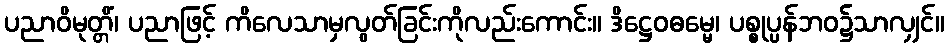
ပညာဝိမုတ္တိံ၊ ပညာဖြင့် ကိလေသာမှလွတ်ခြင်းကိုလည်းကောင်း။ ဒိဋ္ဌေဝဓမ္မေ၊ ပစ္စုပ္ပန်ဘဝ၌သာလျှင်။